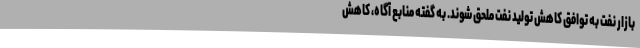
بازار نفت به توافق کاهش تولید نفت ملحق شوند. به گفته منابع آگاه، کاهش